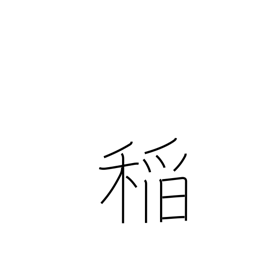
Meaning: rice plant